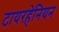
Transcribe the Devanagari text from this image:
टायरहेनियन